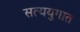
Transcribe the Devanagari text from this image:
सत्ययुगात